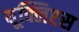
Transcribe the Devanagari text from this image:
यूक्लिप्टस